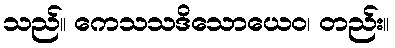
သည်။ ကေသသဒိသောယေဝ၊ တည်း။